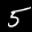
Label: 5